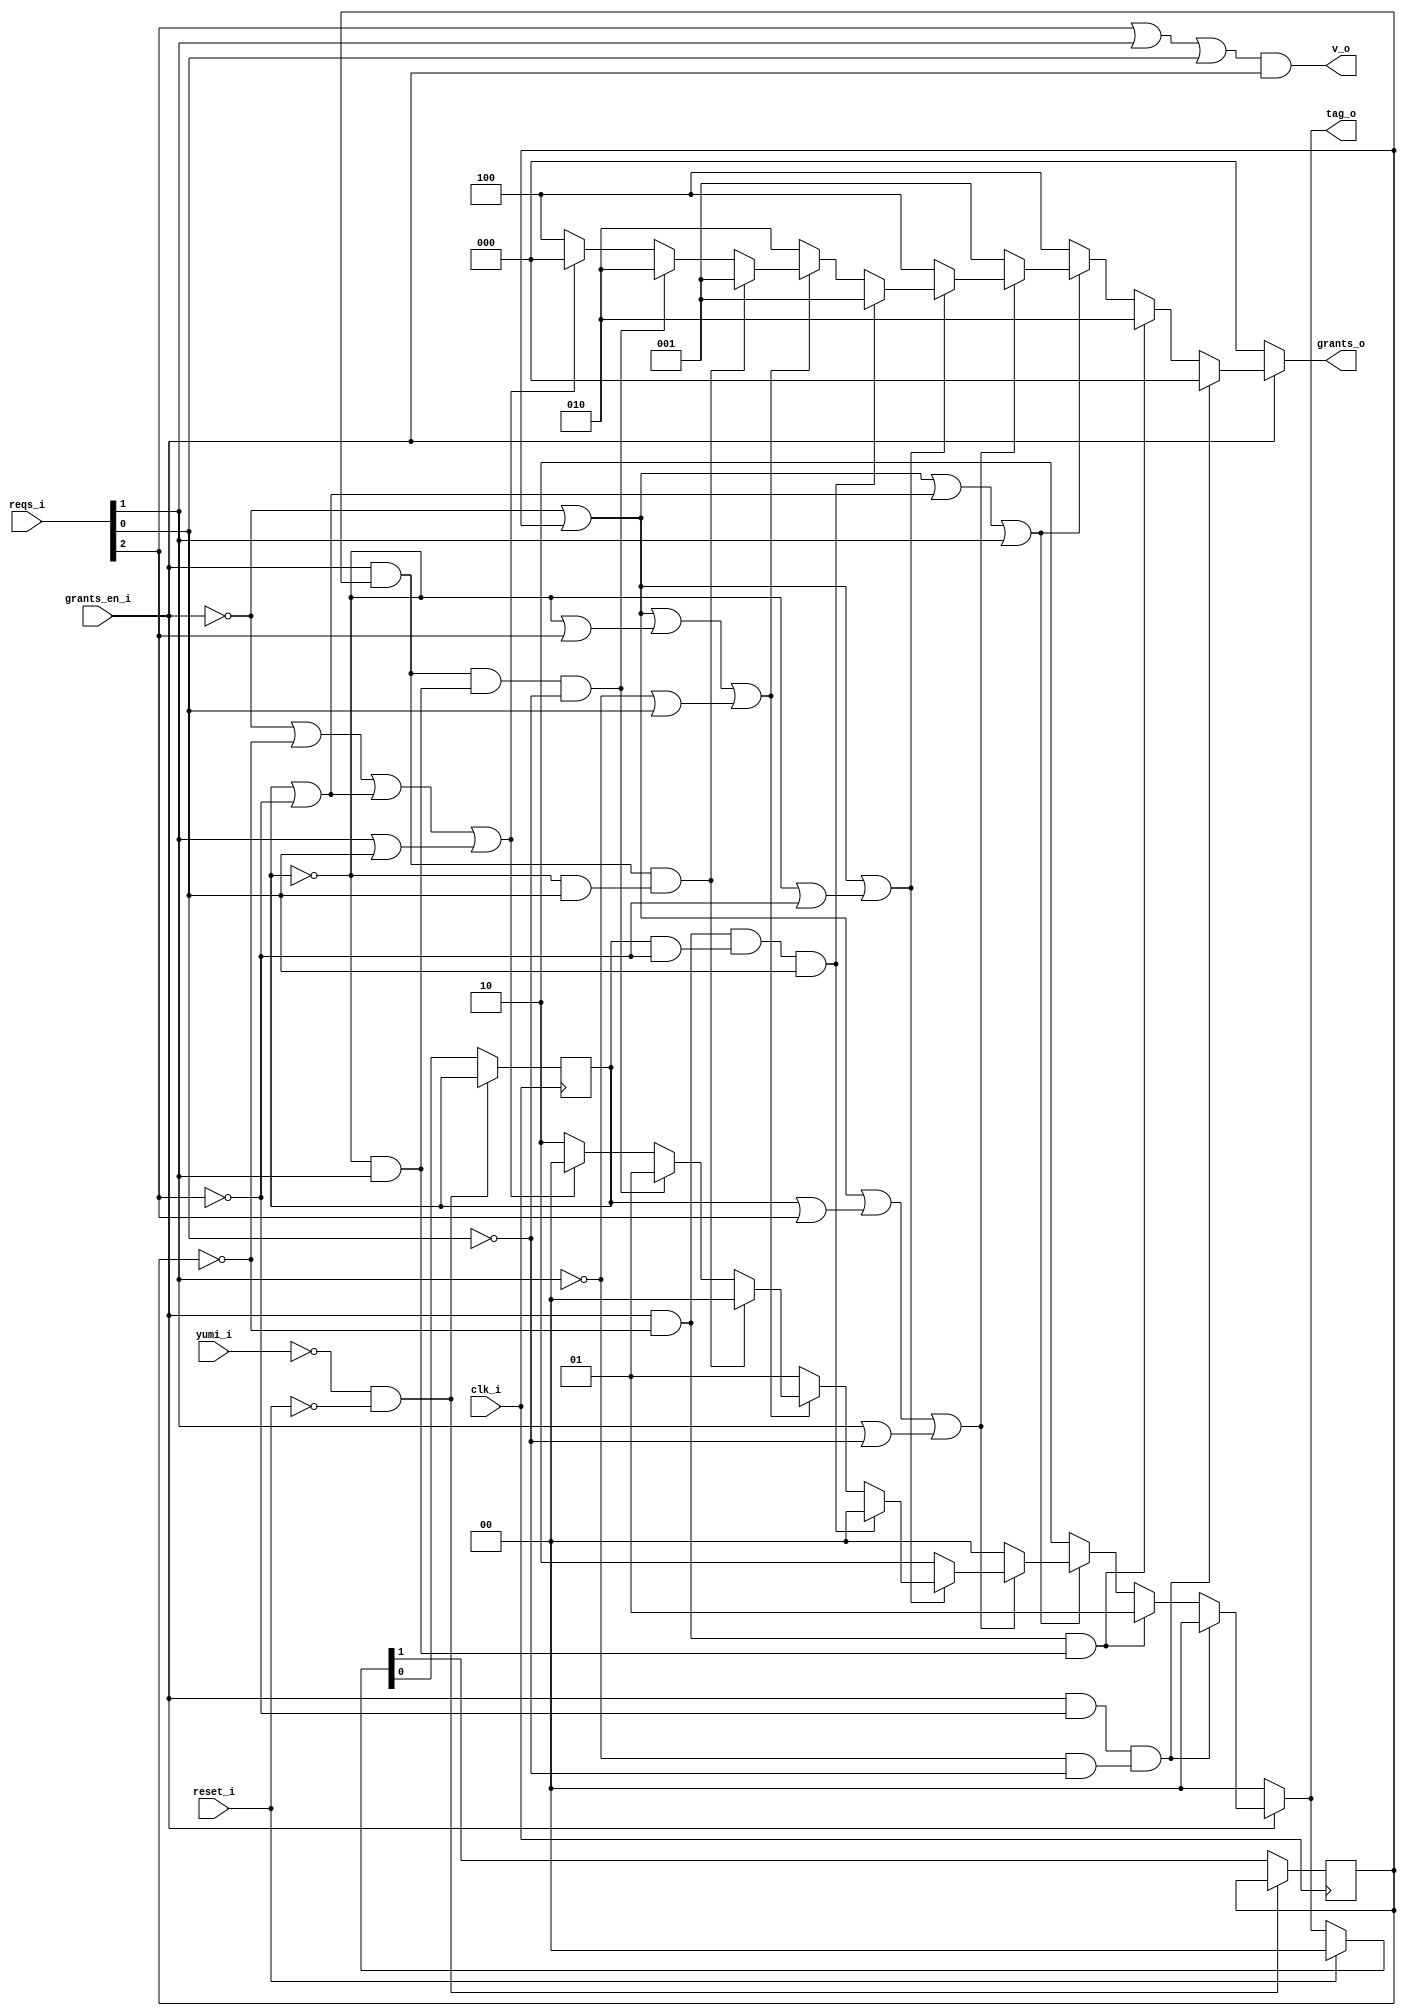
// This program was cloned from: https://github.com/NYU-MLDA/OpenABC
// License: BSD 3-Clause "New" or "Revised" License

module bsg_round_robin_arb_inputs_p3
(
  clk_i,
  reset_i,
  grants_en_i,
  reqs_i,
  grants_o,
  v_o,
  tag_o,
  yumi_i
);

  input [2:0] reqs_i;
  output [2:0] grants_o;
  output [1:0] tag_o;
  input clk_i;
  input reset_i;
  input grants_en_i;
  input yumi_i;
  output v_o;
  wire [2:0] grants_o;
  wire [1:0] tag_o;
  wire v_o,N0,N1,N2,N3,N4,N5,N6,N7,N8,N9,N10,N11,N12,N13,N14,N15,N16,N17,N18,N19,N20,
  N21,N22,N23,N24,N25,N26,N27,N28,N29,N30,N31,N32,N33,N34,N35,N36,N37,N38,N39,N40,
  N41,N42,N43,N44,N45,N46,N47,N48,N49,N50,N51,N52,N53,N54,N55,N56,N57,N58,N59,N60,
  N61,N62,N63,N64,N65,N66,N67,N68,N69,N70,N71,N72,N73,N74,N75;
  reg [1:0] last_r;
  assign N10 = grants_en_i & N8;
  assign N11 = N9 & N46;
  assign N12 = N10 & N11;
  assign N15 = grants_en_i & N13;
  assign N16 = N14 & reqs_i[1];
  assign N17 = N15 & N16;
  assign N18 = N7 | last_r[1];
  assign N19 = last_r[0] | N8;
  assign N20 = N18 | N19;
  assign N21 = N20 | reqs_i[1];
  assign N23 = N7 | last_r[1];
  assign N24 = last_r[0] | reqs_i[2];
  assign N25 = reqs_i[1] | N46;
  assign N26 = N23 | N24;
  assign N27 = N26 | N25;
  assign N29 = N7 | last_r[1];
  assign N30 = N14 | N8;
  assign N31 = N29 | N30;
  assign N33 = grants_en_i & N13;
  assign N34 = last_r[0] & N8;
  assign N35 = N33 & N34;
  assign N36 = N35 & reqs_i[0];
  assign N37 = N7 | last_r[1];
  assign N38 = N14 | reqs_i[2];
  assign N39 = N9 | reqs_i[0];
  assign N40 = N37 | N38;
  assign N41 = N40 | N39;
  assign N43 = grants_en_i & last_r[1];
  assign N44 = N14 & reqs_i[0];
  assign N45 = N43 & N44;
  assign N47 = grants_en_i & last_r[1];
  assign N48 = N14 & reqs_i[1];
  assign N49 = N47 & N48;
  assign N50 = N49 & N46;
  assign N51 = N7 | N13;
  assign N52 = last_r[0] | N8;
  assign N53 = reqs_i[1] | reqs_i[0];
  assign N54 = N51 | N52;
  assign N55 = N54 | N53;
  assign N57 = grants_en_i & last_r[1];
  assign N58 = last_r[0] & reqs_i[2];
  assign N59 = N57 & N58;
  assign N60 = grants_en_i & last_r[1];
  assign N61 = last_r[0] & reqs_i[0];
  assign N62 = N60 & N61;
  assign N63 = grants_en_i & last_r[1];
  assign N64 = last_r[0] & reqs_i[1];
  assign N65 = N63 & N64;

  always @(posedge clk_i) begin
    if(N72) begin
      last_r[1] <= N70;
    end 
  end


  always @(posedge clk_i) begin
    if(N72) begin
      last_r[0] <= N69;
    end 
  end

  assign grants_o = (N7)? { 1'b0, 1'b0, 1'b0 } : 
                    (N0)? { 1'b0, 1'b0, 1'b0 } : 
                    (N1)? { 1'b0, 1'b1, 1'b0 } : 
                    (N22)? { 1'b1, 1'b0, 1'b0 } : 
                    (N28)? { 1'b0, 1'b0, 1'b1 } : 
                    (N32)? { 1'b1, 1'b0, 1'b0 } : 
                    (N2)? { 1'b0, 1'b0, 1'b1 } : 
                    (N42)? { 1'b0, 1'b1, 1'b0 } : 
                    (N3)? { 1'b0, 1'b0, 1'b1 } : 
                    (N4)? { 1'b0, 1'b1, 1'b0 } : 
                    (N56)? { 1'b1, 1'b0, 1'b0 } : 1'b0;
  assign N0 = N12;
  assign N1 = N17;
  assign N2 = N36;
  assign N3 = N45;
  assign N4 = N50;
  assign tag_o = (N7)? { 1'b0, 1'b0 } : 
                 (N0)? { 1'b0, 1'b0 } : 
                 (N1)? { 1'b0, 1'b1 } : 
                 (N22)? { 1'b1, 1'b0 } : 
                 (N28)? { 1'b0, 1'b0 } : 
                 (N32)? { 1'b1, 1'b0 } : 
                 (N2)? { 1'b0, 1'b0 } : 
                 (N42)? { 1'b0, 1'b1 } : 
                 (N3)? { 1'b0, 1'b0 } : 
                 (N4)? { 1'b0, 1'b1 } : 
                 (N56)? { 1'b1, 1'b0 } : 
                 (N66)? { 1'b0, 1'b0 } : 1'b0;
  assign { N70, N69 } = (N5)? { 1'b0, 1'b0 } : 
                        (N6)? tag_o : 1'b0;
  assign N5 = reset_i;
  assign N6 = N68;
  assign N7 = ~grants_en_i;
  assign N8 = ~reqs_i[2];
  assign N9 = ~reqs_i[1];
  assign N13 = ~last_r[1];
  assign N14 = ~last_r[0];
  assign N22 = ~N21;
  assign N28 = ~N27;
  assign N32 = ~N31;
  assign N42 = ~N41;
  assign N46 = ~reqs_i[0];
  assign N56 = ~N55;
  assign N66 = N59 | N73;
  assign N73 = N62 | N65;
  assign v_o = N75 & grants_en_i;
  assign N75 = N74 | reqs_i[0];
  assign N74 = reqs_i[2] | reqs_i[1];
  assign N67 = ~yumi_i;
  assign N68 = ~reset_i;
  assign N71 = N67 & N68;
  assign N72 = ~N71;

endmodule